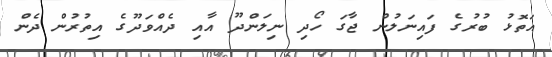
އަތޮޅު ބުރުގެ ފައިނަލުން ޖާގަ ހޯދި ނިލަންދޫ އާއި ދެއްވަދޫގެ އިތުރުން ދެން